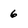
Character: 6